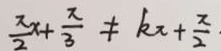
\frac { \pi } { 2 } x + \frac { \pi } { 3 } \neq k \pi + \frac { \pi } { 2 }